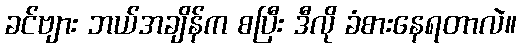
ခင်ဗျား ဘယ်အချိန်က စပြီး ဒီလို ခံစားနေရတာလဲ။